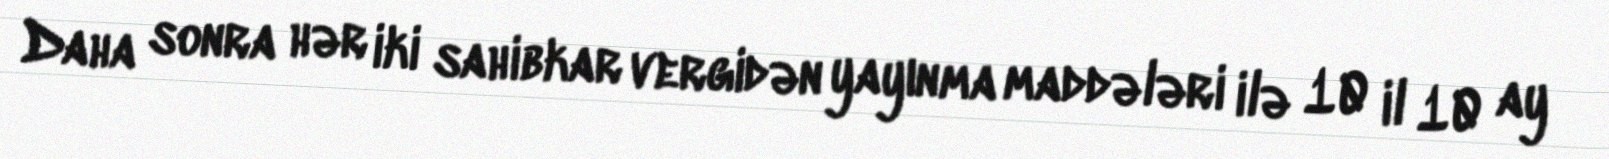
Daha sonra hər iki sahibkar vergidən yayınma maddələri ilə 10 il 10 ay